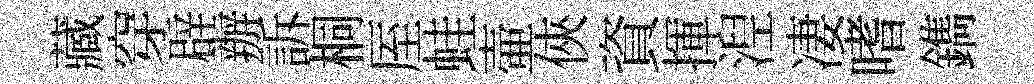
藏穿辟辦訴桐厔蛙壷俠資揮湼凄嗜鐫